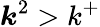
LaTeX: \boldsymbol{k}^{2}>k^{+}